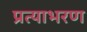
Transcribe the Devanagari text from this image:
प्रत्याभरण